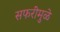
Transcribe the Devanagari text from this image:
सफरींमुळे